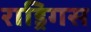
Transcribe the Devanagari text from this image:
राड्रिगस